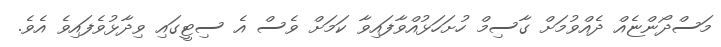
މަސްދޯންޏެއް ދެއްވުމަށް ގާސިމް ހުށަހަޅުއްވާފައިވާ ކަމަށް ވެސް އެ ސިޓީގައި ވިދާޅުވެފައިވެ އެވެ.